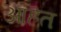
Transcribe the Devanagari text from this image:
आहॆत